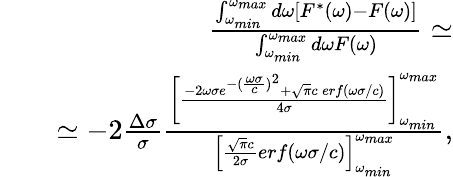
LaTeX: \begin{array}{rlr}&{}&{\frac{\int_{\omega_{min}}^{\omega_{max}}d\omega[F^{*}(\omega)-F(\omega)]}{\int_{\omega_{min}}^{\omega_{max}}d\omega F(\omega)}\simeq}\\ &{}&{\simeq-2\frac{\Delta\sigma}{\sigma}\frac{\left[\frac{-2\omega\sigma e^{-(\frac{\omega\sigma}{c})^{2}}+\sqrt{\pi}c\, erf\left(\omega\sigma/c\right)}{4\sigma}\right]_{\omega_{min}}^{\omega_{max}}}{\left[\frac{\sqrt{\pi}c}{2\sigma}erf(\omega\sigma/c)\right]_{\omega_{min}}^{\omega_{max}}},}\end{array}